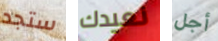
ستجد نعيدك أجل